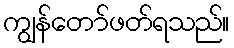
ကျွန်တော်ဖတ်ရသည်။